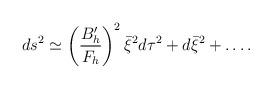
LaTeX: \begin{align*}ds^2 \simeq \left({B'_h\over F_h}\right)^2 \bar{\xi}^2 d\tau^2 + d\bar{\xi}^2 +\dots .\end{align*}